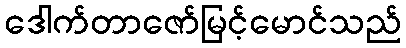
ဒေါက်တာဇော်မြင့်မောင်သည်